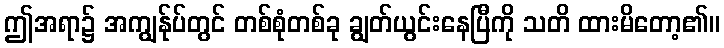
ဤအရာ၌ အကျွန်ုပ်တွင် တစ်စုံတစ်ခု ချွတ်ယွင်းနေပြီကို သတိ ထားမိတော့၏။